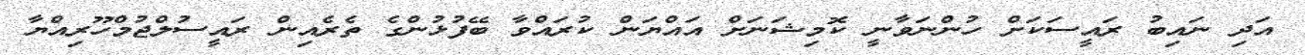
އަދި ނައިބު ރައީސަކަށް ހުންނަވާނީ ކޮމިޝަނަށް އައްޔަން ކުރައްވާ ބޭފުޅުންގެ ތެރެއިން ރައީސުލްޖުމްހޫރިއްޔާ